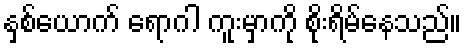
နှစ်ယောက် ရောဂါ ကူးမှာကို စိုးရိမ်နေသည်။